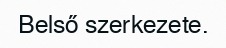
Belső szerkezete.